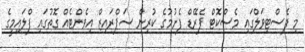
މި ފެސްޓިވަލްގައި މެސްކޮޓް ޕެރޭޑް ފެށުމުގެ ކުރިން ސަޕްރައިޒް އިވެންޓެއް ގޮތުގައި ފްލައިމީގެ